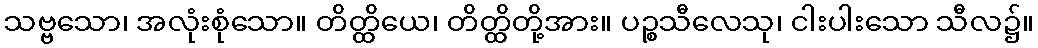
သဗ္ဗသော၊ အလုံးစုံသော။ တိတ္ထိယေ၊ တိတ္ထိတို့အား။ ပဉ္စသီလေသု၊ ငါးပါးသော သီလ၌။